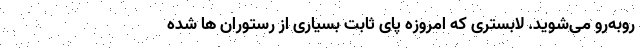
روبه‌رو می‌شوید. لابستری که امروزه پای ثابت بسیاری از رستوران ها شده